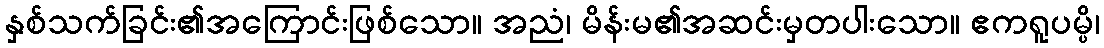
နှစ်သက်ခြင်း၏အကြောင်းဖြစ်သော။ အညံ၊ မိန်းမ၏အဆင်းမှတပါးသော။ ဧကရူပမ္ပိ၊